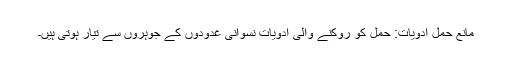
مانع حمل ادویات: حمل کو روکنے والی ادویات نسوانی غدودوں کے جوہروں سے تیار ہوتی ہیں۔